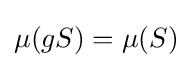
\mu (gS)=\mu (S)